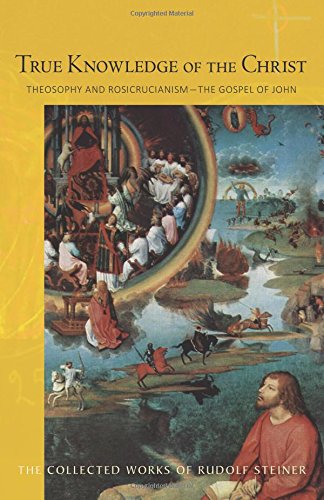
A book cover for True Knowledge of the Christ: Theosophy and Rosicrucianism - The Gospel of John; Rudolf Steiner; Religion & Spirituality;